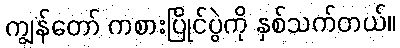
ကျွန်တော် ကစားပြိုင်ပွဲကို နှစ်သက်တယ်။